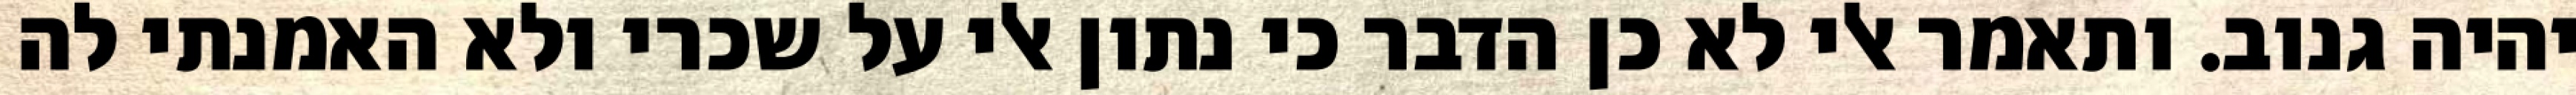
יהיה גנוב. ותאמר אלי לא כן הדבר כי נתון אלי על שכרי ולא האמנתי לה